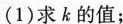
(1)求k的值；